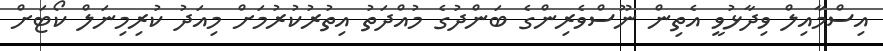
އިސްމާއިލް ވިދާޅުވީ އެތިން ނޫސްވެރިންގެ ބަންދުގެ މުއްދަތު އިތުރުކުރުމަށް މިއަދު ކުރިމިނަލް ކޯޓަށް